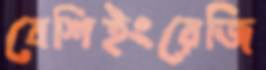
বেশিইংরেজি